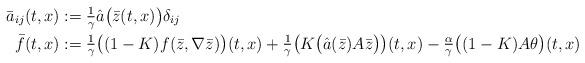
LaTeX: \begin{align*}\bar{a}_{ij}(t, x) &:= \tfrac{1}{\gamma} \hat{a}\big(\bar{z}(t, x)\big) \delta_{ij} \\\bar{f}(t, x) &:= \tfrac{1}{\gamma} \big((1 - K) f(\bar{z}, \nabla \bar{z})\big)(t, x) + \tfrac{1}{\gamma} \big(K \big(\hat{a}(\bar{z}) A \bar{z}\big)\big)(t, x) - \tfrac{\alpha}{\gamma} \big((1 - K) A \theta\big)(t, x)\end{align*}